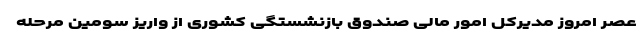
عصر امروز مدیرکل امور مالی صندوق بازنشستگی کشوری از واریز سومین مرحله